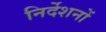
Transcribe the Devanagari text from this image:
निर्देशनों